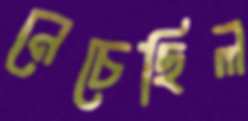
নেচেছিল